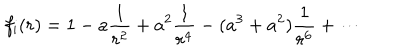
LaTeX: f _ { \mathrm { { i } } } ( r ) = \displaystyle { 1 - a \frac { 1 } { r ^ { 2 } } + a ^ { 2 } \frac { 1 } { r ^ { 4 } } - ( a ^ { 3 } + a ^ { 2 } ) \frac { 1 } { r ^ { 6 } } + \cdots }